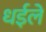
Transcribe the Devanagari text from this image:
धईले